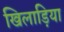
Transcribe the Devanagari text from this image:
खिलाड़िया